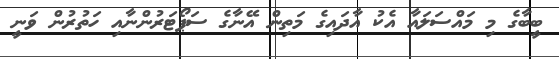
ބީބާގެ މި މައްސަލައާ އެކު އާދައިގެ މަތިން އޭނާގެ ސަޕޯޓަރުންނާއި ހަތުރުން ވަނީ